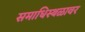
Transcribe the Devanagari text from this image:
समाधिस्थळावर